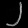
Digit: ၂